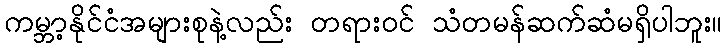
ကမ္ဘာ့နိုင်ငံအများစုနဲ့လည်း တရားဝင် သံတမန်ဆက်ဆံမရှိပါဘူး။